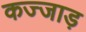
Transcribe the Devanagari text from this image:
कज्जाड़